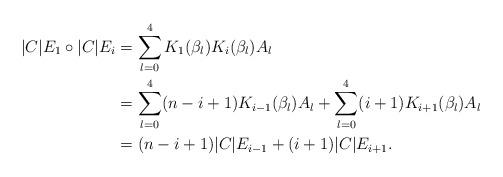
LaTeX: \begin{align*}|C|E_1\circ |C|E_i&=\sum_{l=0}^4 K_1(\beta_l)K_i(\beta_l)A_l\\&=\sum_{l=0}^4 (n-i+1)K_{i-1}(\beta_l)A_l+\sum_{l=0}^4 (i+1)K_{i+1}(\beta_l)A_l\\&=(n-i+1)|C|E_{i-1}+(i+1)|C|E_{i+1}.\end{align*}